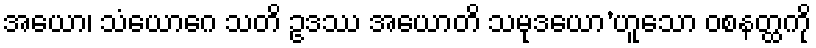
အယော၊ သံယောဂေ သတိ ဥဒဿ အယောတိ သမုဒယော’ဟူသော ဝစနတ္ထကို